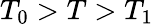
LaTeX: T_{0}>T>T_{1}